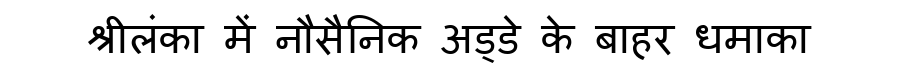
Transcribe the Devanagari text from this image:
श्रीलंका में नौसैनिक अड्डे के बाहर धमाका